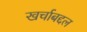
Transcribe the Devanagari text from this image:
खर्चाबद्दल